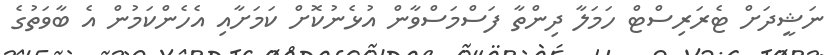
ނަޝީދަށް ޓެރަރިސްޓް ހަމަލާ ދިންތާ ފަސްމަސްވާން އުޅެނުކޮށް ކަަމަށާއި އެހެންކަމުން އެ ބާވަތުގެ